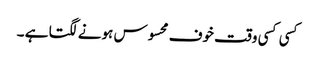
کسی کسی وقت خوف محسوس ہونے لگتا ہے ۔